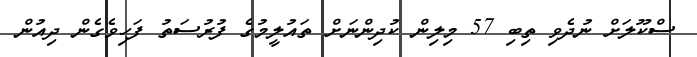
ސްކޫލަށް ނުދެވި ތިބި 57 މިލިން ކުދިންނަށް ތައުލީމުގެ ފުރުސަތު ފަހިވެގެން ދިއުން